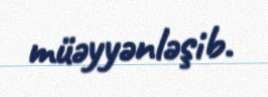
müəyyənləşib.